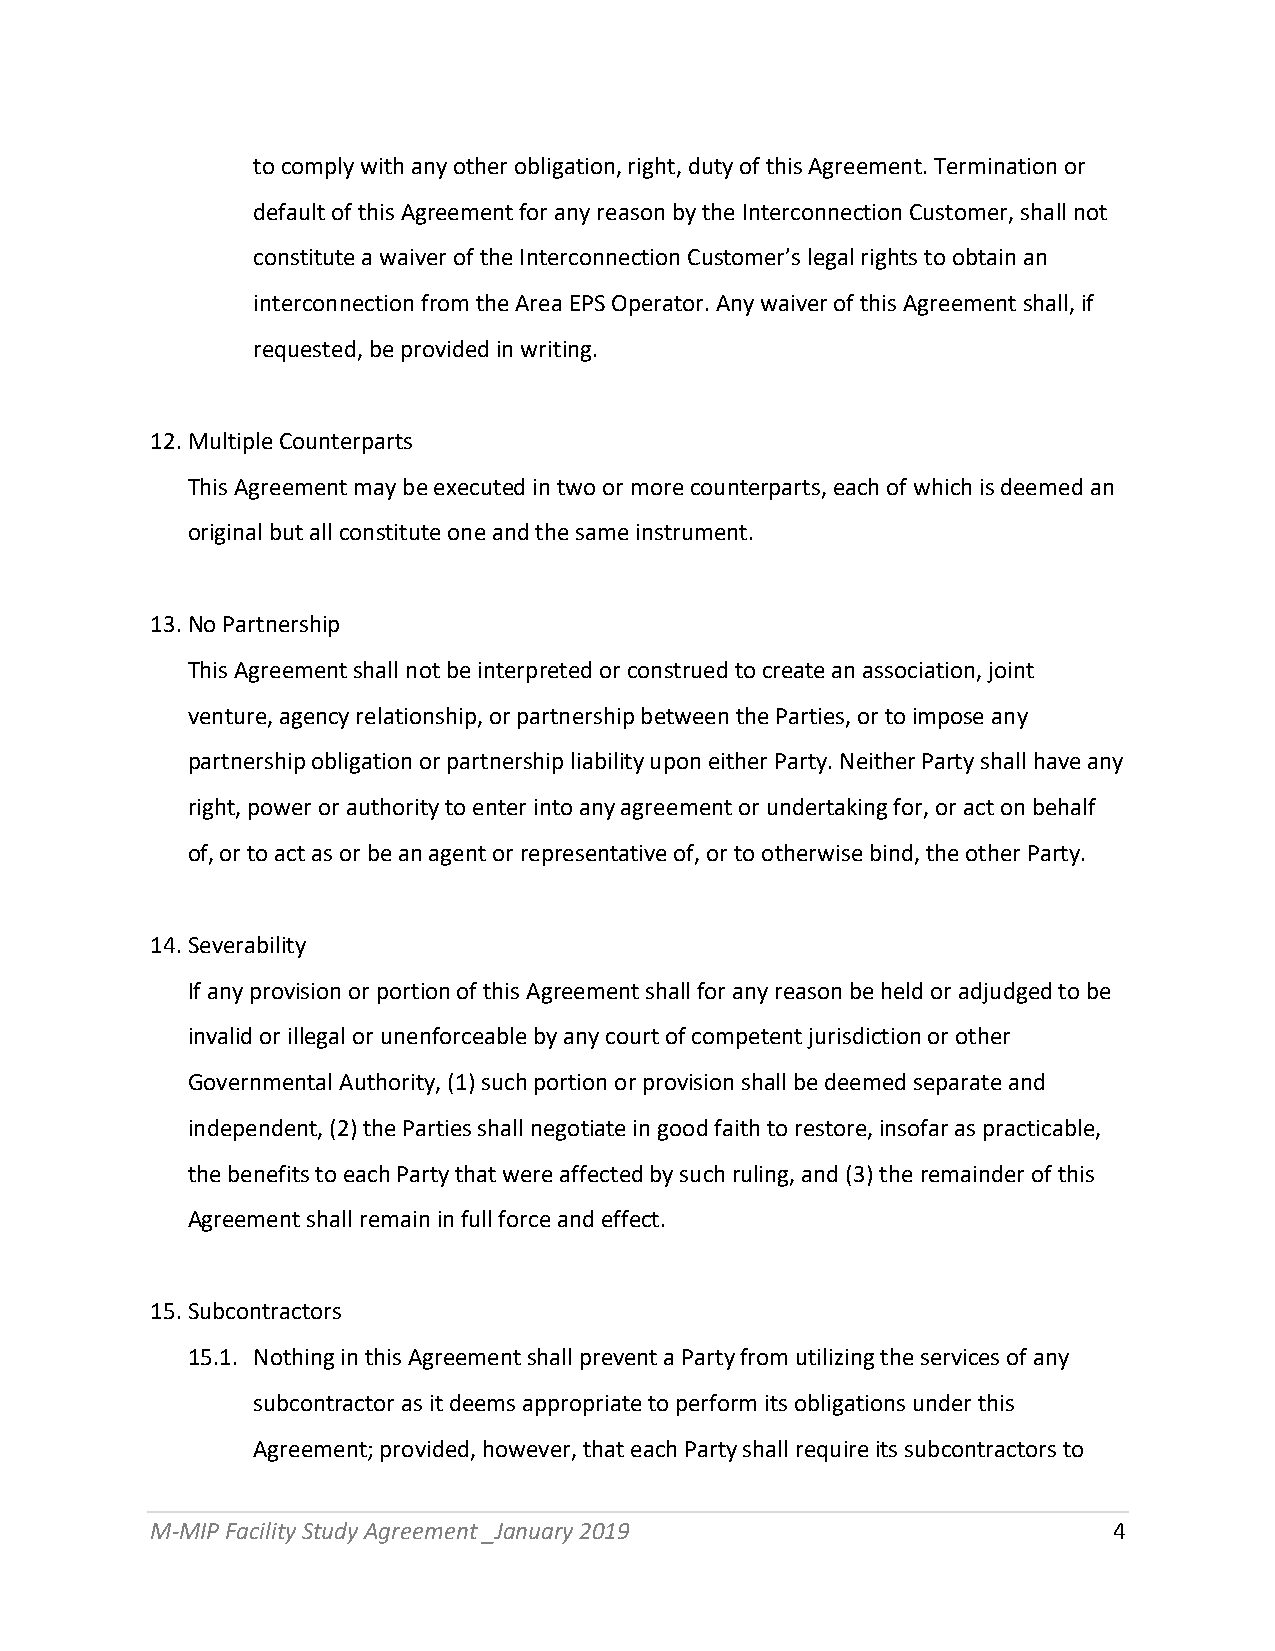
to comply with any other obligation, right, duty of this Agreement. Termination or
 default of this Agreement for any reason by the Interconnection Customer, shall not
 constitute a waiver of the Interconnection Customer’s legal rights to obtain an
 interconnection from the Area EPS Operator. Any waiver of this Agreement shall, if
 requested, be provided in writing.
 12. Multiple Counterparts
 This Agreement may be executed in two or more counterparts, each of which is deemed an
 original but all constitute one and the same instrument.
 13. No Partnership
 This Agreement shall not be interpreted or construed to create an association, joint
 venture, agency relationship, or partnership between the Parties, or to impose any
 partnership obligation or partnership liability upon either Party. Neither Party shall have any
 right, power or authority to enter into any agreement or undertaking for, or act on behalf
 of, or to act as or be an agent or representative of, or to otherwise bind, the other Party.
 14. Severability
 If any provision or portion of this Agreement shall for any reason be held or adjudged to be
 invalid or illegal or unenforceable by any court of competent jurisdiction or other
 Governmental Authority, (1) such portion or provision shall be deemed separate and
 independent, (2) the Parties shall negotiate in good faith to restore, insofar as practicable,
 the benefits to each Party that were affected by such ruling, and (3) the remainder of this
 Agreement shall remain in full force and effect.
 15. Subcontractors
 15.1. Nothing in this Agreement shall prevent a Party from utilizing the services of any
 subcontractor as it deems appropriate to perform its obligations under this
 Agreement; provided, however, that each Party shall require its subcontractors to
 M-MIP Facility Study Agreement _January 2019                    4